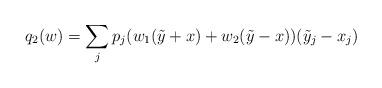
LaTeX: \begin{align*}q_2(w) = \sum_j p_j(w_1(\tilde{y}+x)+w_2(\tilde{y}-x))(\tilde{y}_j-x_j)\end{align*}